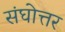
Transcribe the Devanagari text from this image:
संघोत्तर